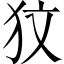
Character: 𤝋